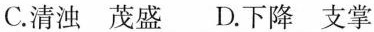
C.清浊茂盛D.下降支掌